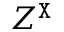
Z ^ { \tt X }